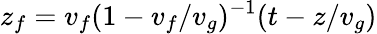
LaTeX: z_{f}=v_{f}(1-v_{f}/v_{g})^{-1}(t-z/v_{g})